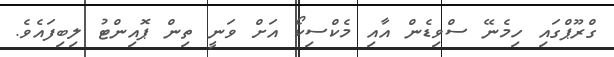
ގްރޫޕްގައި ހިމެނޭ ސްވިޑެން އާއި މެކްސިކޯ އަށް ވަނީ ތިން ޕޮއިންޓު ލިބިފައެވެ.